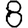
Digit: 8